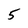
Character: 5